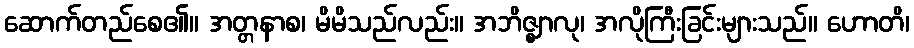
ဆောက်တည်စေ၏။ အတ္တနာစ၊ မိမိသည်လည်း။ အဘိဇ္ဈာလု၊ အလိုကြီးခြင်းများသည်။ ဟောတိ၊